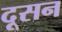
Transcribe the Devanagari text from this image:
दूसन